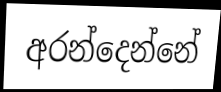
අරන්දෙන්නේ